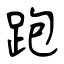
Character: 跑